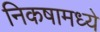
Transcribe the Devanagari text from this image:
निकषामध्ये